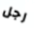
رجل